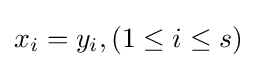
x_{i}=y_{i},(1\leq i\leq s)